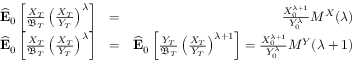
\begin{array} { r l r } { \widehat { \mathbf { E } } _ { 0 } \left[ \frac { X _ { T } } { \mathfrak { B } _ { T } } \left( \frac { X _ { T } } { Y _ { T } } \right) ^ { \lambda } \right] } & { = } & { \frac { X _ { 0 } ^ { \lambda + 1 } } { Y _ { 0 } ^ { \lambda } } M ^ { X } ( \lambda ) } \\ { \widehat { \mathbf { E } } _ { 0 } \left[ \frac { X _ { T } } { \mathfrak { B } _ { T } } \left( \frac { X _ { T } } { Y _ { T } } \right) ^ { \lambda } \right] } & { = } & { \widehat { \mathbf { E } } _ { 0 } \left[ \frac { Y _ { T } } { \mathfrak { B } _ { T } } \left( \frac { X _ { T } } { Y _ { T } } \right) ^ { \lambda + 1 } \right] = \frac { X _ { 0 } ^ { \lambda + 1 } } { Y _ { 0 } ^ { \lambda } } M ^ { Y } ( \lambda + 1 ) } \end{array}